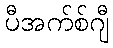
ပီအက်စ်ဂျီ